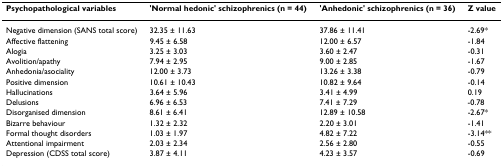
<table><thead><tr><td><b>Psychopathological variables</b></td><td><b>&#x27;Normal hedonic&#x27; schizophrenics (n = 44)</b></td><td><b>&#x27;Anhedonic&#x27; schizophrenics (n = 36)</b></td><td><b>Z value</b></td></tr></thead><tbody><tr><td>Negative dimension (SANS total score)</td><td>32.35 ± 11.63</td><td>37.86 ± 11.41</td><td>-2.69*</td></tr><tr><td>Affective flattening</td><td>9.45 ± 6.58</td><td>12.00 ± 6.57</td><td>-1.84</td></tr><tr><td>Alogia</td><td>3.25 ± 3.03</td><td>3.60 ± 2.47</td><td>-0.31</td></tr><tr><td>Avolition/apathy</td><td>7.94 ± 2.95</td><td>9.00 ± 2.85</td><td>-1.67</td></tr><tr><td>Anhedonia/asociality</td><td>12.00 ± 3.73</td><td>13.26 ± 3.38</td><td>-0.79</td></tr><tr><td>Positive dimension</td><td>10.61 ± 10.43</td><td>10.82 ± 9.64</td><td>-0.14</td></tr><tr><td>Hallucinations</td><td>3.64 ± 5.96</td><td>3.41 ± 4.99</td><td>0.19</td></tr><tr><td>Delusions</td><td>6.96 ± 6.53</td><td>7.41 ± 7.29</td><td>-0.78</td></tr><tr><td>Disorganised dimension</td><td>8.61 ± 6.41</td><td>12.89 ± 10.58</td><td>-2.67*</td></tr><tr><td>Bizarre behaviour</td><td>1.32 ± 2.32</td><td>2.20 ± 3.01</td><td>-1.41</td></tr><tr><td>Formal thought disorders</td><td>1.03 ± 1.97</td><td>4.82 ± 7.22</td><td>-3.14**</td></tr><tr><td>Attentional impairment</td><td>2.03 ± 2.34</td><td>2.56 ± 2.80</td><td>-0.55</td></tr><tr><td>Depression (CDSS total score)</td><td>3.87 ± 4.11</td><td>4.23 ± 3.57</td><td>-0.69</td></tr></tbody></table>